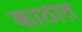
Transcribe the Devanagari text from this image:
काठीत